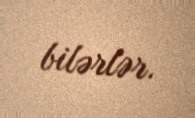
bilərlər.